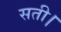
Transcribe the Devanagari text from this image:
सती।